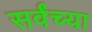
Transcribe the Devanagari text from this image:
सर्वंच्या